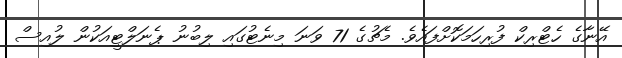
އޭނާގެ ހެޓްރިކް ފުރިހަމަކޮށްފައެވެ. މެޗުގެ 71 ވަނަ މިނެޓުގައި ލިބުނު ޕެނަލްޓީއަކުން ލުއިސް